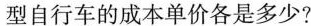
型自行车的成本单价各是多少?